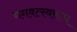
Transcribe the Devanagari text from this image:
भगवत्स्वरूप